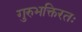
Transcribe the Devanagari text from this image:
गुरुभक्तिरतः